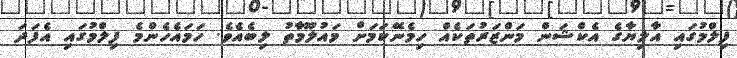
ފިލްމުގައި އާލިޔާގެ އެކްޝަން މަންޒަރުތަކެއް ހިމެނޭކަމަށް މައުލޫމާތު ލިބެއެވެ. ހަމައެހެންމެ ފިލްމުގައި އެފަދަ